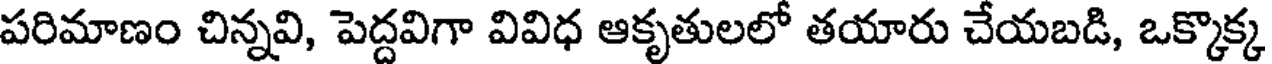
పరిమాణం చిన్నవి, పెద్దవిగా వివిధ ఆకృతులలో తయారు చేయబడి, ఒక్కొక్క